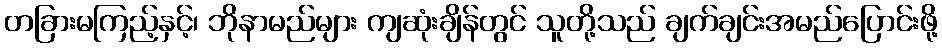
တခြားမကြည့်နှင့်၊ ဘိုနာမည်များ ကျဆုံးချိန်တွင် သူတို့သည် ချက်ချင်းအမည်ပြောင်းဖို့